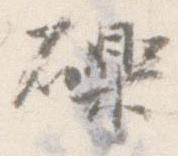
礫